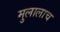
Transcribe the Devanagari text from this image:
मुलालाच